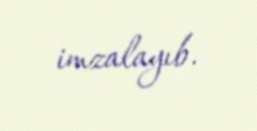
imzalayıb.